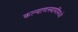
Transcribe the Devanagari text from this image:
कल्याणस्वामींमध्ये